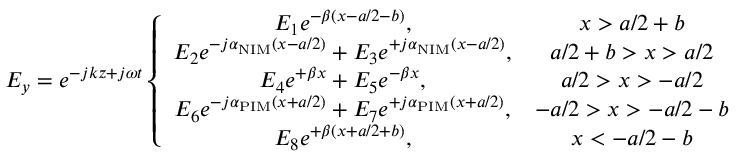
E _ { y } = e ^ { - j k z + j \omega t } \left\{ \begin{array} { c c } { E _ { 1 } e ^ { - \beta ( x - a / 2 - b ) } , } & { x > a / 2 + b } \\ { E _ { 2 } e ^ { - j \alpha _ { \mathrm { N I M } } ( x - a / 2 ) } + E _ { 3 } e ^ { + j \alpha _ { \mathrm { N I M } } ( x - a / 2 ) } , } & { a / 2 + b > x > a / 2 } \\ { E _ { 4 } e ^ { + \beta x } + E _ { 5 } e ^ { - \beta x } , } & { a / 2 > x > - a / 2 } \\ { E _ { 6 } e ^ { - j \alpha _ { \mathrm { P I M } } ( x + a / 2 ) } + E _ { 7 } e ^ { + j \alpha _ { \mathrm { P I M } } ( x + a / 2 ) } , } & { - a / 2 > x > - a / 2 - b } \\ { E _ { 8 } e ^ { + \beta ( x + a / 2 + b ) } , } & { x < - a / 2 - b } \end{array} \right.